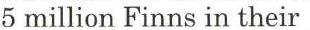
5 million Finns in their